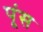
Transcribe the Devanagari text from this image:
पूंस